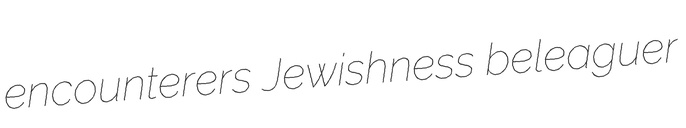
encounterers Jewishness beleaguer